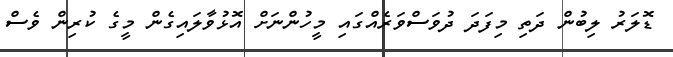
ޑޮލަރު ލިބުން ދަތި މިފަދަ ދުވަސްވަރެއްގައި މީހުންނަށް އޮޅުވާލައިގެން މީގެ ކުރިން ވެސް